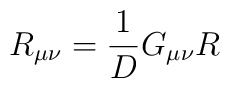
R_{\mu\nu}=\frac{1}{D}G_{\mu\nu}R